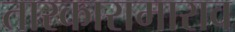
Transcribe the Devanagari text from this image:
तारकारामाराव